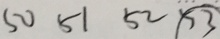
5 0 5 1 5 2 5 3